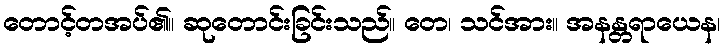
တောင့်တအပ်၏။ ဆုတောင်းခြင်းသည်။ တေ၊ သင်အား။ အနန္တရာယေန၊